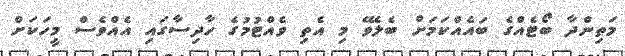
މަތިންދާ ބޯޓެއްގެ ބައެއްކަމަށް ބެލެވޭ މި އެތި ވެއްޓުމުގެ ހާދިސާގައި އެއްވެސް މީހަކަށް